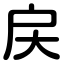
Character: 戻